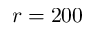
r = 2 0 0